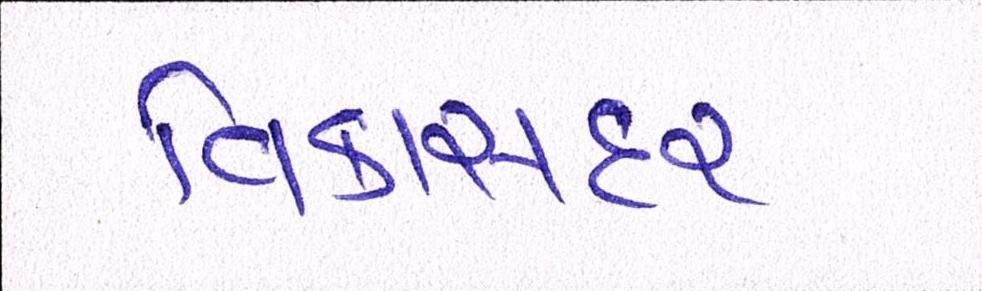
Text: વિકાસદર